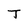
Character: J